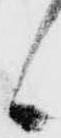
候